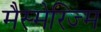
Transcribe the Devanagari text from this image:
मैस्मेरिज्म